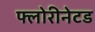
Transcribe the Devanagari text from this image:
फ्लोरीनेटड